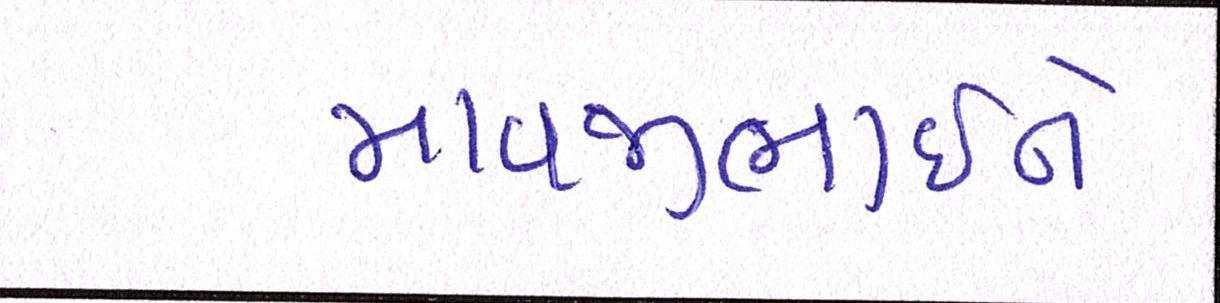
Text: માવજીભાઇને